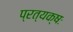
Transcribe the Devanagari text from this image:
प्रत्यक्षः